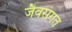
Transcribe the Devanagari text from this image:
जैवसंगत